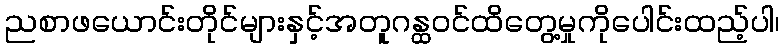
ညစာဖယောင်းတိုင်များနှင့်အတူဂန္ထဝင်ထိတွေ့မှုကိုပေါင်းထည့်ပါ၊